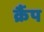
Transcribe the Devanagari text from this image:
क्रैंप